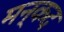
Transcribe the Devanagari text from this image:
मन्कद